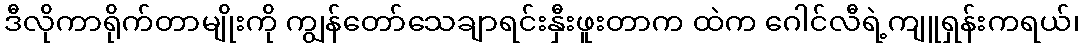
ဒီလိုကာရိုက်တာမျိုးကို ကျွန်တော်သေချာရင်းနှီးဖူးတာက ထဲက ဂေါင်လီရဲ့ကျူရှန်းကရယ်၊